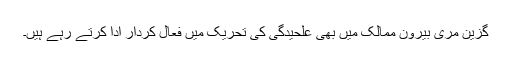
گزین مری بیرون ممالک میں بھی علحیدگی کی تحریک میں فعال کردار ادا کرتے رہے ہیں۔